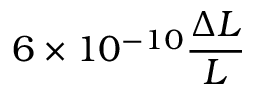
6 \times 1 0 ^ { - 1 0 } \frac { \Delta L } { L }